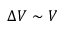
\Delta V \sim V